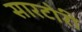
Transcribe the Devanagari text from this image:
सारटोरी